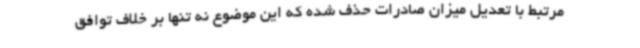
مرتبط با تعدیل میزان صادرات حذف شده که این موضوع نه تنها بر خلاف توافق